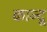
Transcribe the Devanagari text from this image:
कान्दू